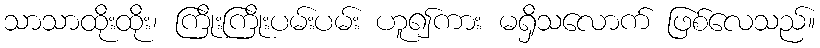
သာသာထိုးထိုး၊ ကြိုးကြိုးပမ်းပမ်း ဟူ၍ကား မရှိသလောက် ဖြစ်လေသည်။